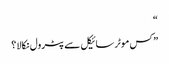
“
” کس موٹر سائیکل سے پٹرول نکالا ؟